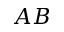
A B